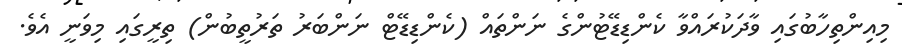
މިއިންތިހާބުގައި ވާދަކުރައްވާ ކެންޑިޑޭޓުންގެ ނަންތައް (ކެންޑިޑޭޓް ނަންބަރު ތަރުތީބުން) ތިރީގައި މިވަނީ އެވެ.